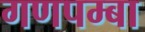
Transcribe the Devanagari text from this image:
गणपम्बा